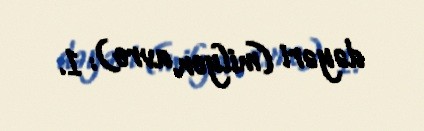
dəyəri (milyon avro): 1.